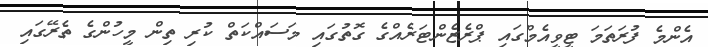
އެންމެ ފުރަތަމަ ޓީވީއެމްގައި ޕްރެޒެންޓަރެއްގެ ގޮތުގައި މަސައްކަތް ކުރި ތިން މީހުންގެ ތެރޭގައި